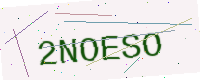
Text: 2NOESO